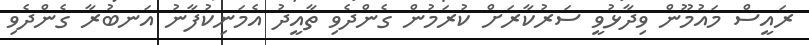
ރައީސް މައުމޫން ވިދާޅުވީ ސަރުކާރަށް ކުރަމުން ގެންދެވި ތާއީދު އެމަނިކުފާނު އަނބުރާ ގެންދެވި